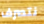
نتصرف